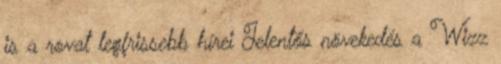
is a rovat legfrissebb hírei Jelentős növekedés a Wizz